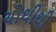
ચોથીથી